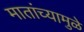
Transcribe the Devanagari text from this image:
मातांच्यामुळे